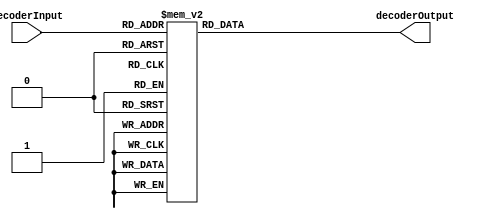
module decoder_4_to_16(input wire[3:0] decoderInput, output reg[15:0] decoderOutput);
	always@(*) begin
			case(decoderInput)
					4'b0000 : decoderOutput <= 16'h0001;     
         		4'b0001 : decoderOutput <= 16'h0002;   
					4'b0010 : decoderOutput <= 16'h0004; 
         		4'b0011 : decoderOutput <= 16'h0008;  
         		4'b0100 : decoderOutput <= 16'h0010;    
         		4'b0101 : decoderOutput <= 16'h0020;   
         		4'b0110 : decoderOutput <= 16'h0040;
         		4'b0111 : decoderOutput <= 16'h0080;    
         		4'b1000 : decoderOutput <= 16'h0100;    
         		4'b1001 : decoderOutput <= 16'h0200;    
         		4'b1010 : decoderOutput <= 16'h0400;   
         		4'b1011 : decoderOutput <= 16'h0800;  
         		4'b1100 : decoderOutput <= 16'h1000;  
         		4'b1101 : decoderOutput <= 16'h2000;    
         		4'b1110 : decoderOutput <= 16'h4000;   
         		4'b1111 : decoderOutput <= 16'h8000; 
      		endcase
   	end
endmodule